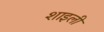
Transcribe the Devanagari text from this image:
शाइली